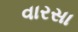
વારસા